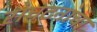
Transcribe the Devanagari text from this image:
स॓घटना॓चा